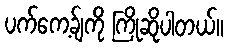
ပက်ကေ့ခ်ျကို ကြိုဆိုပါတယ်။